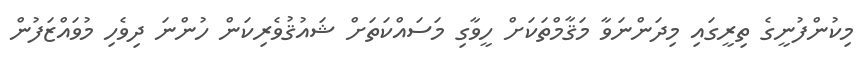
މިކުންފުނީގެ ތިރީގައި މިދަންނަވާ މަޤާމްތަކަށް ހީވާގި މަސައްކަތަށް ޝައުޤުވެރިކަން ހުންނަ ދިވެހި މުވައްޒަފުން